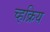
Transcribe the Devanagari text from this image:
च्हक्रिय